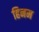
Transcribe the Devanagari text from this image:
हिनम